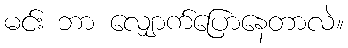
မင်း ဘာ လျှောက်ပြောနေတာလဲ။